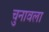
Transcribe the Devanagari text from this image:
चुनावला